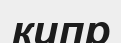
кипр